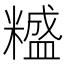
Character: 𥼵